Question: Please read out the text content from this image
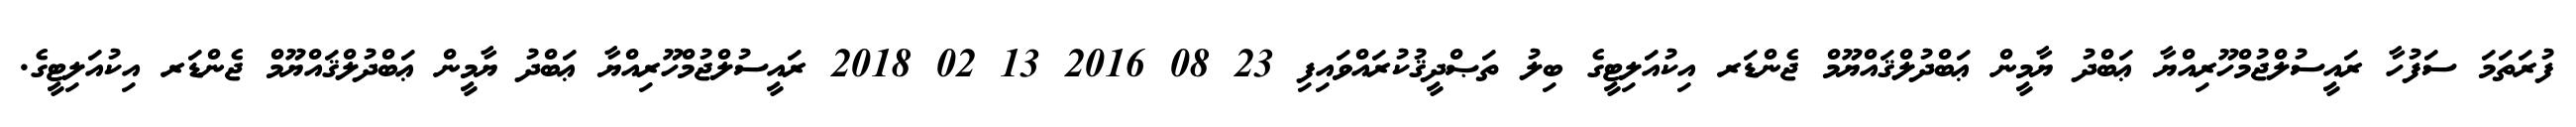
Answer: ފުރަތަމަ ސަފުހާ ރައީސުލްޖުމްހޫރިއްޔާ ޢަބްދު ޔާމީން ޢަބްދުލްޤައްޔޫމް ޖެންޑަރ އިކުއަލިޓީގެ ބިލު ތަޞްދީޤުކުރައްވައިފި 23 08 2016 13 02 2018 ރައީސުލްޖުމްހޫރިއްޔާ ޢަބްދު ޔާމީން ޢަބްދުލްޤައްޔޫމް ޖެންޑަރ އިކުއަލިޓީގެ.